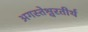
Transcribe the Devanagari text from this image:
अगस्तेश्वरतीर्थ